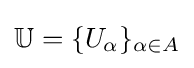
\mathbb {U} =\{U_{\alpha }\}_{\alpha \in A}